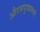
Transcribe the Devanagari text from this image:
औरसपुत्राप्रमाणे